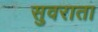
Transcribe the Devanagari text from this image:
सुवराता